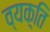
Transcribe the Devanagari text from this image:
व्यक़्ति